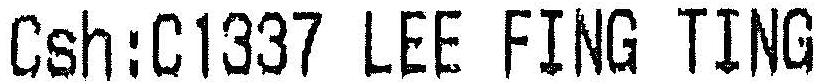
CSH:C1337 LEE FING TING